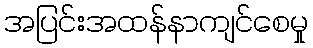
အပြင်းအထန်နာကျင်စေမှု